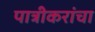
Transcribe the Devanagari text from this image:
पात्रीकरांचा